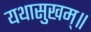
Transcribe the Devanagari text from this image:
यथासुखम्॥